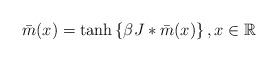
LaTeX: \begin{align*} \bar m (x)= \tanh\left\{\beta J *\bar m (x)\right\}, x\in\mathbb R \end{align*}